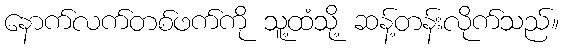
နောက်လက်တစ်ဖက်ကို သူ့ထံသို့ ဆန့်တန်းလိုက်သည်။